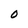
Character: O